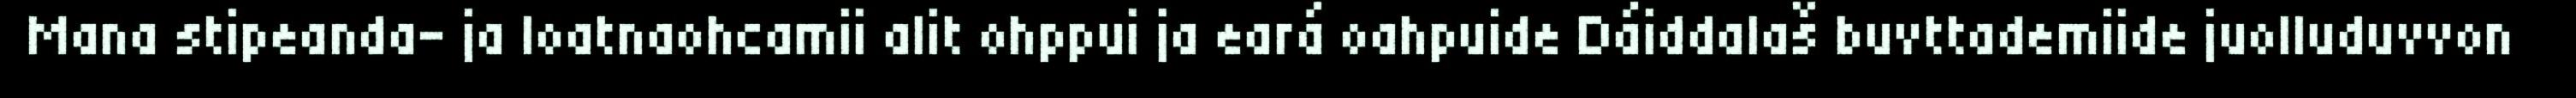
Mana stipeanda- ja loatnaohcamii alit ohppui ja eará oahpuide Dáiddalaš buvttademiide juolluduvvon